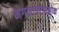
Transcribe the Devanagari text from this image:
मंगलाचरणश्लोक